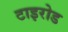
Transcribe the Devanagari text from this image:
टाइरोड